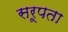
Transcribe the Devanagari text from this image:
सरूपता